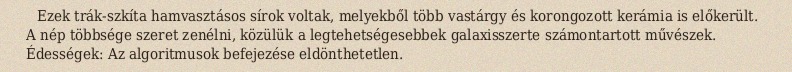
Ezek trák-szkíta hamvasztásos sírok voltak, melyekből több vastárgy és korongozott kerámia is előkerült. A nép többsége szeret zenélni, közülük a legtehetségesebbek galaxisszerte számontartott művészek. Édességek: Az algoritmusok befejezése eldönthetetlen.